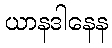
ယာနဒါနေန